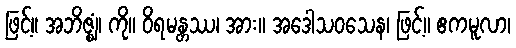
ဖြင့်။ အဘိဇ္ဈံ၊ ကို။ ဝိရမန္တဿ၊ အား။ အဒေါသဝသေန၊ ဖြင့်။ ဧကမူလာ၊